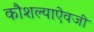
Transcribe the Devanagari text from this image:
कौशल्याऐवजी